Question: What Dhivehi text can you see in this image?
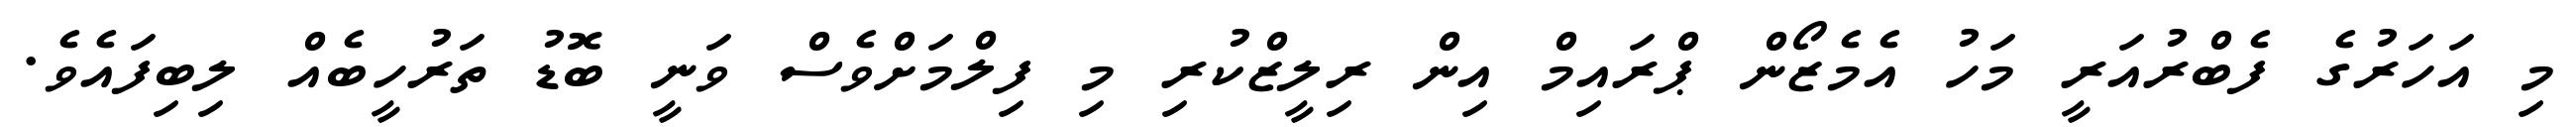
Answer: މި އަހަރުގެ ފެބްރުއަރީ މަހު އެމެޒޯން ޕްރައިމް އިން ރިލީޒްކުރި މި ފިލްމަށްވެސް ވަނީ ބޮޑު ތަރުހީބެއް ލިބިފައެވެ.